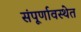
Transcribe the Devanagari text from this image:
संंपूर्णावस्थेत